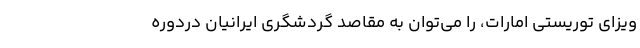
ویزای توریستی امارات، را می‌توان به مقاصد گردشگری ایرانیان دردوره